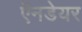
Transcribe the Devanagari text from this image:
ऍनडेयर